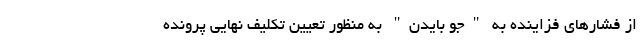
از فشارهای فزاینده به "جو بایدن" به منظور تعیین تکلیف نهایی پرونده